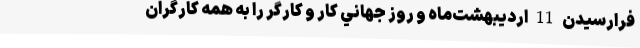
فرارسيدن 11 ارديبهشت‌ماه و روز جهاني كار و كارگر را به همه كارگران